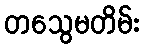
တသွေမတိမ်း